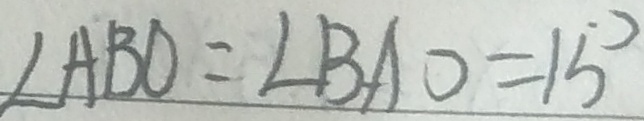
\angle A B O = \angle B A O = 1 5 ^ { \circ }